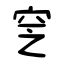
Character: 窆